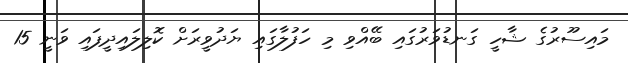
މައިސޫރުގެ ޝާހީ ގަނޑުވަރުގައި ބޭއްވި މި ހަފުލާގައި ޔަދުވީރަށް ކޮލިލައިދީފައި ވަނީ 15